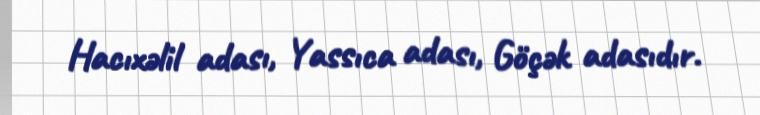
Hacıxəlil adası, Yassıca adası, Göçək adasıdır.